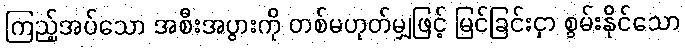
ကြည့်အပ်သော အစီးအပွားကို တစ်မဟုတ်မျှဖြင့် မြင်ခြင်းငှာ စွမ်းနိုင်သော